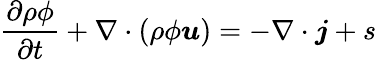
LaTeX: \frac{\partial\rho\phi}{\partial t}+\nabla\cdot(\rho\phi\boldsymbol{u})=-\nabla\cdot\boldsymbol{j}+s